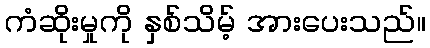
ကံဆိုးမှုကို နှစ်သိမ့် အားပေးသည်။